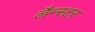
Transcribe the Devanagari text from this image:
लैन्स्टर